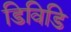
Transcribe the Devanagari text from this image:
डिविडि